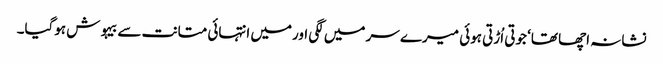
نشانہ اچھا تھا‘ جوتی اُڑتی ہوئی میرے سر میں لگی اورمیں انتہائی متانت سے بیہوش ہوگیا۔